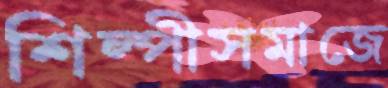
শিল্পীসমাজে